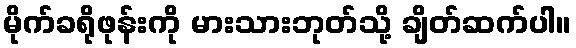
မိုက်ခရိုဖုန်းကို မားသားဘုတ်သို့ ချိတ်ဆက်ပါ။